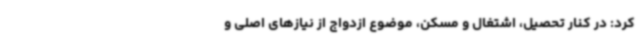
کرد: در کنار تحصیل، اشتغال و مسکن، موضوع ازدواج از نیازهای اصلی و